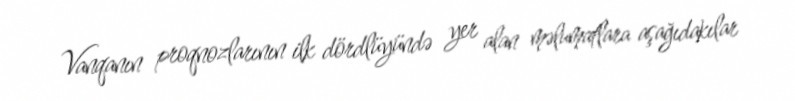
Vanqanın proqnozlarının ilk dördlüyündə yer alan məlumatlara aşağıdakılar